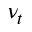
\nu _ { t }